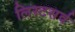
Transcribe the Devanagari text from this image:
लिस्टसर्व